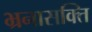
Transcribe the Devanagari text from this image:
भ्रनासक्ति